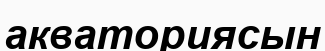
акваториясын